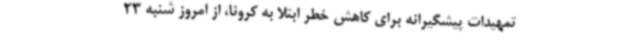
تمهیدات پیشگیرانه برای کاهش خطر ابتلا به کرونا، از امروز شنبه 23